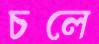
চলে